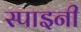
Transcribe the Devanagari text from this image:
स्पाइनी